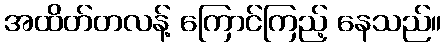
အထိတ်တလန့် ကြောင်ကြည့် နေသည်။